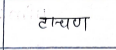
मजकूर: टाचण